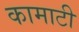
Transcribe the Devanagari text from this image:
कामाटी